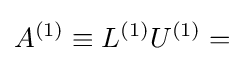
A^{(1)}\equiv L^{(1)}U^{(1)}=